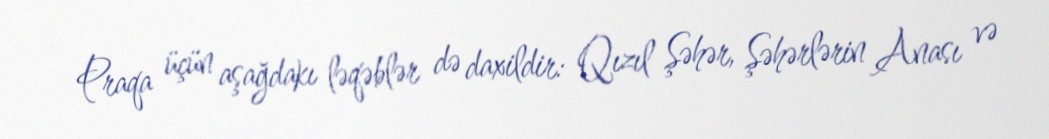
Praqa üçün aşağdakı ləqəblər də daxildir: Qızıl Şəhər, Şəhərlərin Anası və